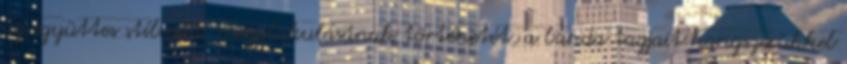
az együttes stílusát, megalakulásának történetét, a banda tagjait hangszerükkel